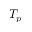
T _ { p }